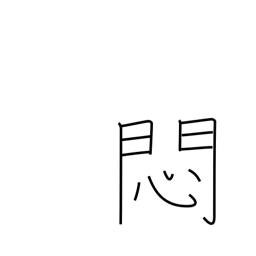
Meaning: worry